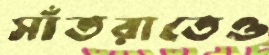
সাঁতরাতেও